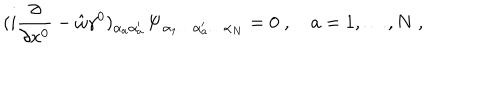
LaTeX: ( i { \frac { \partial } { \partial x ^ { 0 } } } - \hat { \omega } \gamma ^ { 0 } ) _ { \alpha _ { a } \alpha _ { a } ^ { \prime } } { \bf \Psi } _ { \alpha _ { 1 } \ldots \alpha _ { a } ^ { \prime } \ldots \alpha _ { N } } = 0 \; , \quad a = 1 , \ldots , N \; ,